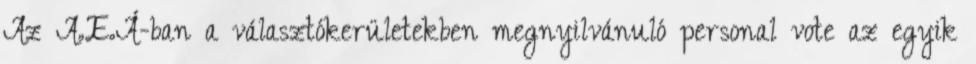
Az A.E.Á-ban a választókerületekben megnyilvánuló personal vote az egyik